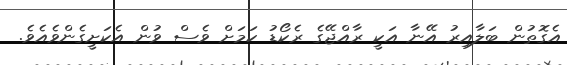
އެގޮތުން ބަލާއިރު އޭނާ އަކީ ރާއްޖޭގެ ރެކޯޑު ކަމަށް ވެސް ވުން އެކަށީގެންވެއެވެ.